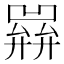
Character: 𢍭